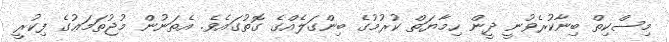
މިސްކިތް ބިނާކުރެވުނީ ދީން ހިމާޔަތް ކުރުމުގެ ބިންގަލެއްގެ ގޮތުގައެވެ. އެތަނުން މުޖުތަމަޢުގެ ފިކުރީ